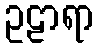
ဥဠာရာ